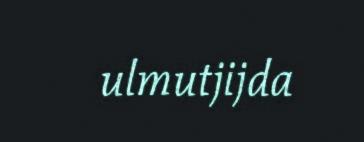
ulmutjijda